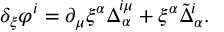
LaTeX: \delta _ { \xi } \varphi ^ { i } = \partial _ { \mu } \xi ^ { \alpha } \Delta _ { \alpha } ^ { i \mu } + \xi ^ { \alpha } \tilde { \Delta } _ { \alpha } ^ { i } .